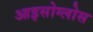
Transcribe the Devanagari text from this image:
आइसोग्लोस